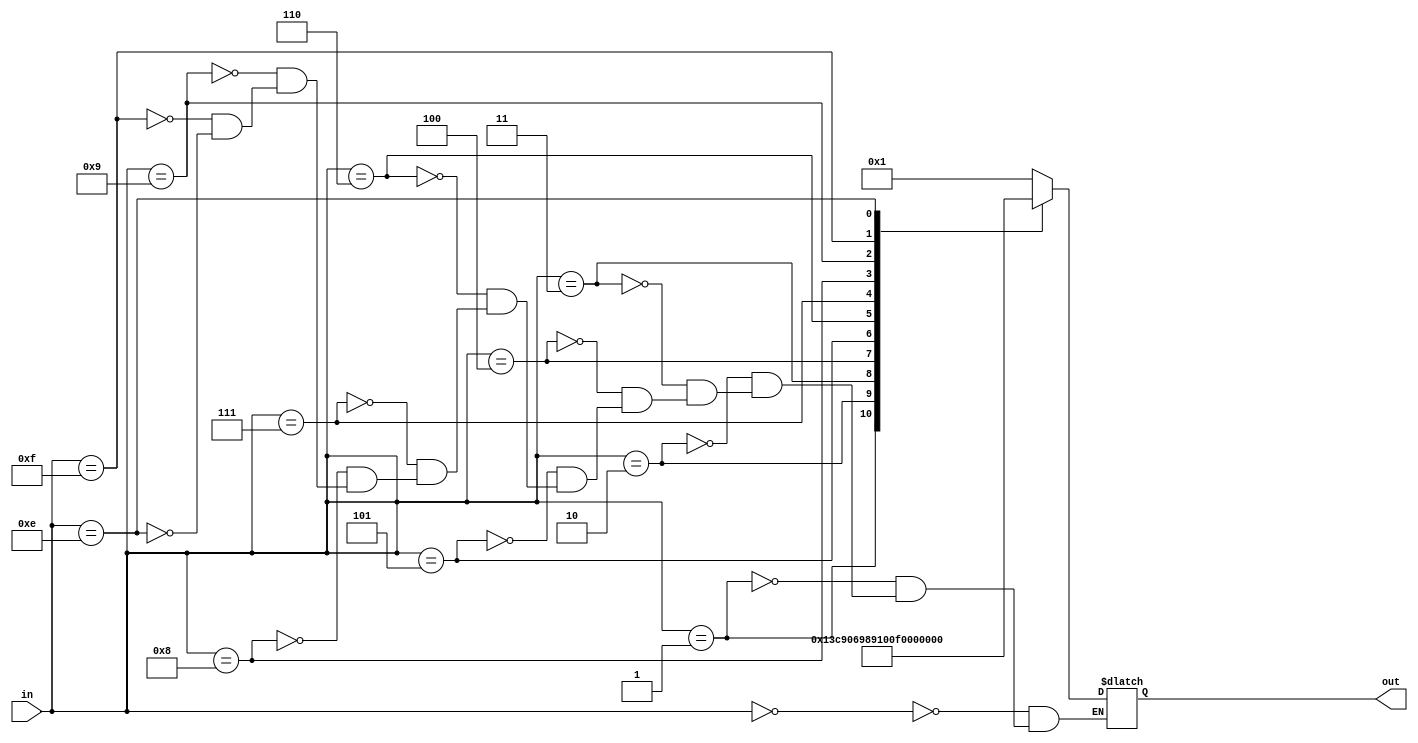
`timescale 1ns / 1ps
//////////////////////////////////////////////////////////////////////////////////
// Company: 
// Engineer: 
// 
// Design Name: 
// Module Name: SSD_3
// Project Name: 
// Target Devices: 
// Tool Versions: 
// Description: 
// 
// Dependencies: 
// 
// Revision:
// Revision 0.01 - File Created
// Additional Comments:
// 
//////////////////////////////////////////////////////////////////////////////////


module SSD_3(in,out);
input [3:0] in;
output [6:0] out;
reg [6:0] out;
always@(in) begin
case (in)
              4'b0000: out<=7'b0000001;     //0
              4'b0001: out<=7'b1001111;     //1                       
              4'b0010: out<=7'b0010010;    //2                           
              4'b0011: out<=7'b0000110;    // 3                         
              4'b0100: out<=7'b1001100;    //4                           
              4'b0101: out<=7'b0100100;    //5                                                    
              4'b0110: out<=7'b0100000;    //6                          
              4'b0111: out<=7'b0001111;     //7                          
              4'b1000: out<=7'b0000000;     //8                         
              4'b1001: out<=7'b0000100;      //9  
              4'b1111: out<=7'b1111111;  
              4'b1110: out<=7'b1111110;  
endcase
end
endmodule